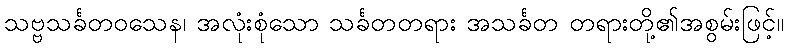
သဗ္ဗသင်္ခတဝသေန၊ အလုံးစုံသော သင်္ခတတရား အသင်္ခတ တရားတို့၏အစွမ်းဖြင့်။